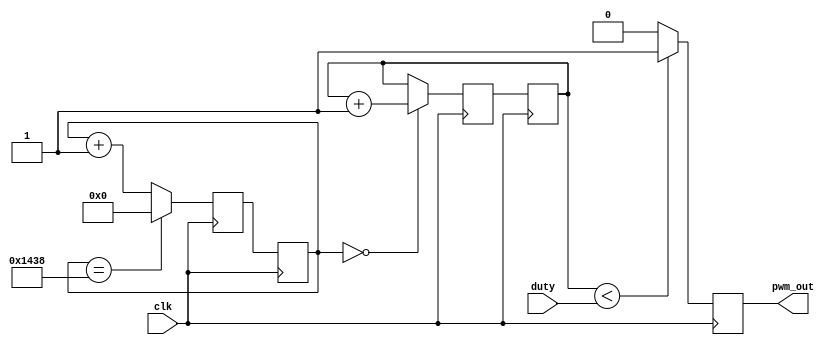
`timescale 1ns / 1ps
module PWM2 (
  input clk,
  input [8:0] duty,
  output pwm_out
);

reg [31:0] q_reg, q_next;  // Registro para el contador del preescalado
reg [7:0] d_reg, d_next;   // Registro para el contador del ciclo de trabajo
reg [8:0] d_ext;           // Extensin del contador del ciclo de trabajo
reg pwm_reg, pwm_next;     // Registro y prximo valor de la seal de PWM
wire tick;                 // Seal para indicar el inicio de un ciclo PWM
wire [31:0] dvsr = 32'b00000000000000000001010000111000; // Valor fijo de dvsr

always @(posedge clk) begin
  q_reg <= q_next;
  d_reg <= d_next;
  pwm_reg <= pwm_next;
end

// "prescaler" counter (Contador de preescalado)
always @(posedge clk) begin
  if (q_reg == dvsr) begin
    q_next <= 32'b0;
  end else begin
    q_next <= q_reg + 1;
  end
end

assign tick = (q_reg == 32'b0);

// duty cycle counter (Contador del ciclo de trabajo)
always @(posedge clk) begin
  if (tick) begin
    d_next <= d_reg + 1;
  end else begin
    d_next <= d_reg;
  end
end

always @(*) begin
  d_ext = {1'b0, d_reg};
end

// comparison circuit (Circuito de comparacin para generar PWM)
always @(*) begin
  if (d_ext < duty) begin
    pwm_next = 1'b1;
  end else begin
    pwm_next = 1'b0;
  end
end

assign pwm_out = pwm_reg;

endmodule